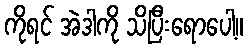
ကိုရင် အဲဒါကို သိပြီးရောပေါ့။